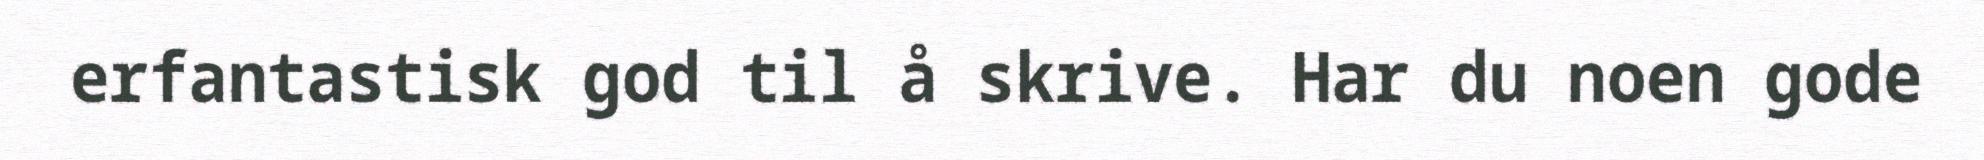
erfantastisk god til å skrive. Har du noen gode